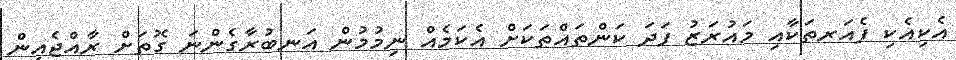
އެކިއެކި ފެއަރތަކާއި މައުރަޒު ފަދަ ކަންތައްތަކަށް އެކަމެއް ނިމުމުން އަނބުރާގެންނަ ގޮތަށް ރާއްޖެއިން